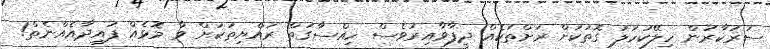
ސަރުކާރުން ހިލޭކަހަލަ ގޮތަކަށް ރަށްތަކެއް ދީފާވާއިރުވެސް ހިއްސާގަތް ރައްޔިތަކަށް ވާ މޮޅެއް ފައިދާއެއްނެތް!